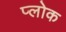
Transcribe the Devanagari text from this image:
प्लोक